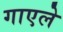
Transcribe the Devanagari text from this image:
गाएले